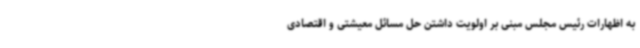
به اظهارات رئیس مجلس مبنی بر اولویت داشتن حل مسائل معیشتی و اقتصادی